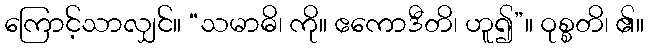
ကြောင့်သာလျှင်။ “သမာဓိ၊ ကို။ ဧကောဒီတိ၊ ဟူ၍”။ ဝုစ္စတိ၊ ၏။